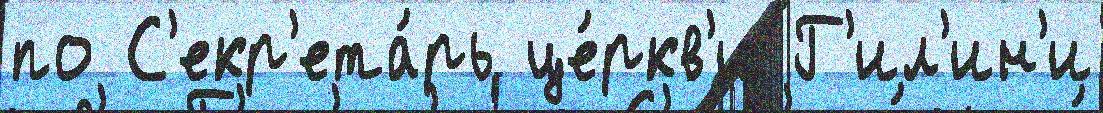
по С'екр'ета́рь це́ркв'и Г'ил'ин'и